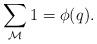
LaTeX: \begin{align*}\sum \limits_{\mathcal{M}}1=\phi(q).\end{align*}